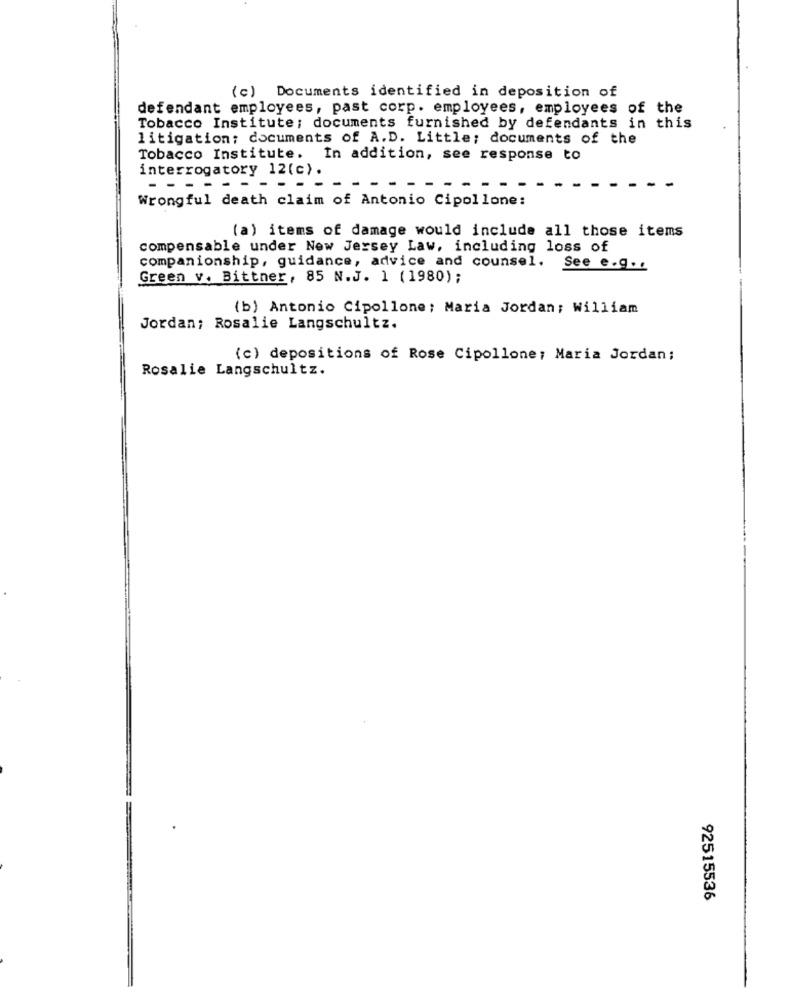
(c) Documents identified in deposition of
defendant employees, past corp. employees, employees of the
Tobacco Institute; documents furnished by defendants in this
litigation; documents of A.D. Little; documents of the
Tobacco Institute. In addition, see response to
interrogatory 12(c).
- - --
Wrongful death claim of Antonio Cipollone:
(a) items of damage would include all those items
compensable under New Jersey Law, including loss of
companionship, guidance, advice and counsel.
See e.g ..
Green v. Bittner, 85 N.J. 1 (1980) ;
(b) Antonio Cipollone; Maria Jordan; William
Jordan; Rosalie Langschultz.
(c) depositions of Rose Cipollone; Maria Jordan;
Rosalie Langschultz.
92515536